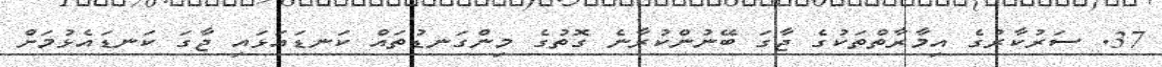
37. ސަރުކާރުގެ އިމާރާތްތަކުގެ ޖާގަ ބޭނުންކުރާނެ ގޮތުގެ މިންގަނޑުތައް ކަނޑައަޅައި ޖާގަ ކަނޑައެޅުމަށް